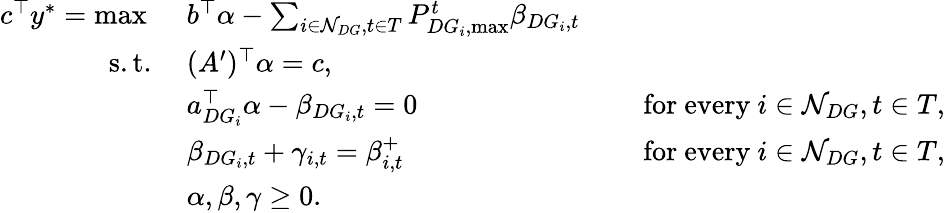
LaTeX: \begin{array}{rlrl}{c^{\top}y^{*}=\operatorname*{max}\ }&{b^{\top}\alpha-\sum_{i\in\mathcal{N}_{DG},t\in T}P_{DG_{i},\operatorname*{max}}^{t}\beta_{DG_{i},t}}\\ {\mathrm{s.t.}\ }&{(A^{\prime})^{\top}\alpha=c,}\\ &{a_{DG_{i}}^{\top}\alpha-\beta_{DG_{i},t}=0}&&{\mathrm{~for~every~}i\in\mathcal{N}_{DG},t\in T,}\\ &{\beta_{DG_{i},t}+\gamma_{i,t}=\beta_{i,t}^{+}}&&{\mathrm{~for~every~}i\in\mathcal{N}_{DG},t\in T,}\\ &{\alpha,\beta,\gamma\geq 0.}\end{array}